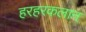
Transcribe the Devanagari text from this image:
हरहरकलान